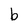
Character: b